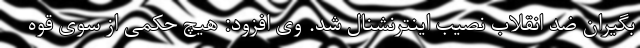
بگیران ضد انقلاب نصیب اینترنشنال شد. وی افزود: هیچ حکمی از سوی قوه